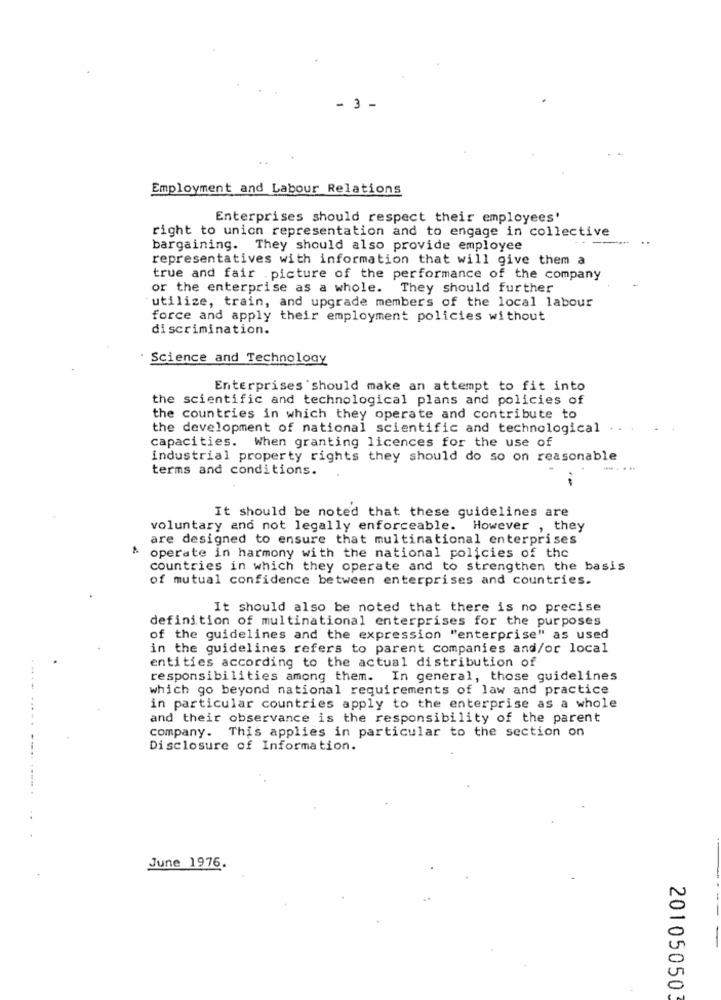
- 3 -
Employment and Labour Relations
Enterprises should respect their employees'
right to union representation and to engage in collective
bargaining. They should also provide employee
representatives with information that will give them a
true and fair .picture of the performance of the company
or the enterprise as a whole. They should further
utilize, train, and upgrade members of the local labour
force and apply their employment policies without
discrimination.
Science and Technology
Enterprises should make an attempt to fit into
the scientific and technological plans and policies of
the countries in which they operate and contribute to
the development of national scientific and technological
capacities. When granting licences for the use of
industrial property rights they should do so on reasonable
terms and conditions.
It should be noted that these guidelines are
voluntary and not legally enforceable. However , they
are designed to ensure that multinational enterprises
operate in harmony with the national policies of the
countries in which they operate and to strengthen the basis
of mutual confidence between enterprises and countries.
It should also be noted that there is no precise
definition of multinational enterprises for the purposes
of the guidelines and the expression "enterprise" as used
in the guidelines refers to parent companies and/or local
entities according to the actual distribution of
responsibilities among them. In general, those guidelines
which go beyond national requirements of law and practice
in particular countries apply to the enterprise as a whole
and their observance is the responsibility of the parent
company. This applies in particular to the section on
Disclosure of Information.
June 1976.
20105050